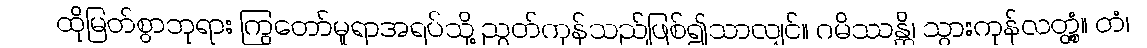
ထိုမြတ်စွာဘုရား ကြွတော်မူရာအရပ်သို့ ညွတ်ကုန်သည်ဖြစ်၍သာလျှင်။ ဂမိဿန္တိ၊ သွားကုန်လတ္တံ့။ တံ၊